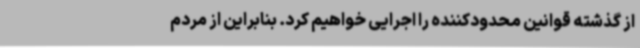
از گذشته قوانین محدودکننده را اجرایی خواهیم کرد. بنابراین از مردم